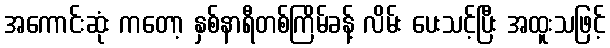
အကောင်းဆုံး ကတော့ နှစ်နာရီတစ်ကြိမ်ခန့် လိမ်း ပေးသင့်ပြီး အထူးသဖြင့်